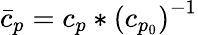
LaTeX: \bar{c}_{p}={c_{p}}*\left({c_{p_{0}}}\right)^{-1}